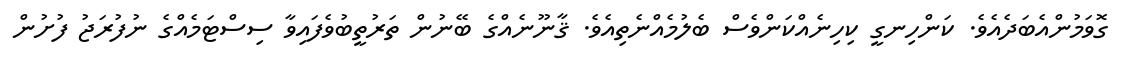
ގޮވަމުންއެބަދެއެވެ. ކަންހިނގީ ކިހިނެއްކަންވެސް ބެލުމެއްނެތިއެވެ. ޤާނޫނެއްގެ ބޭނުން ތަރުތީބުވެފައިވާ ސިސްޓަމެއްގެ ނުފުރަޖު ފުށުން